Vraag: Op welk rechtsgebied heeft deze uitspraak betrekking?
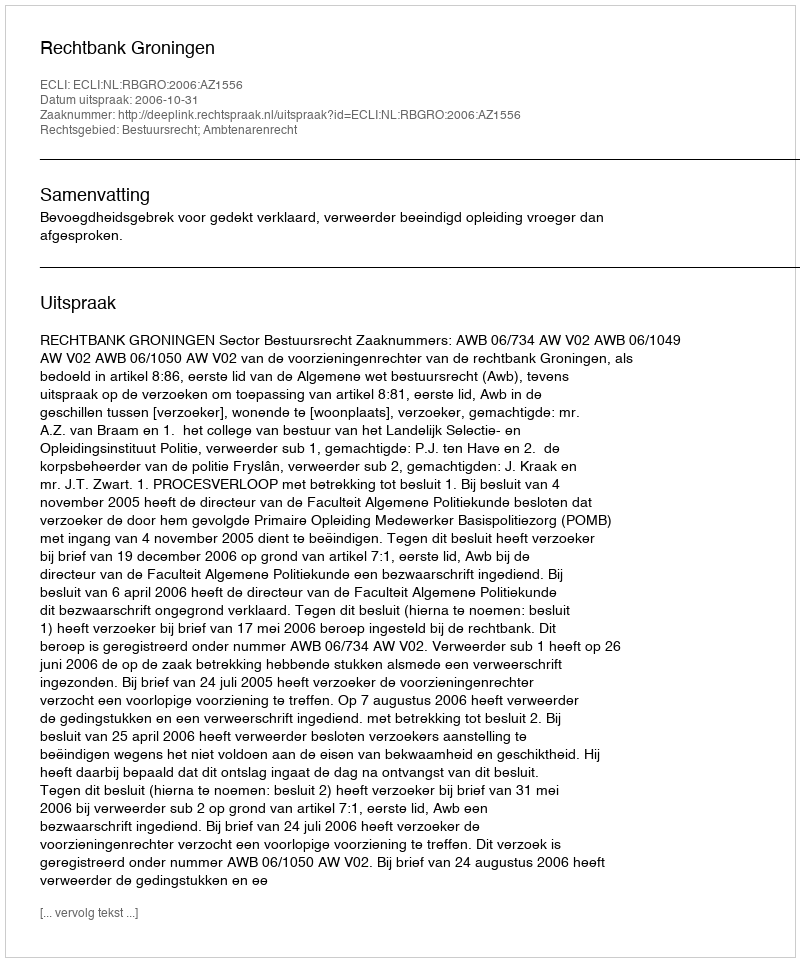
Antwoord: Bestuursrecht; Ambtenarenrecht